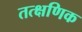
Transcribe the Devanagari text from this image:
तत्क्षणिक